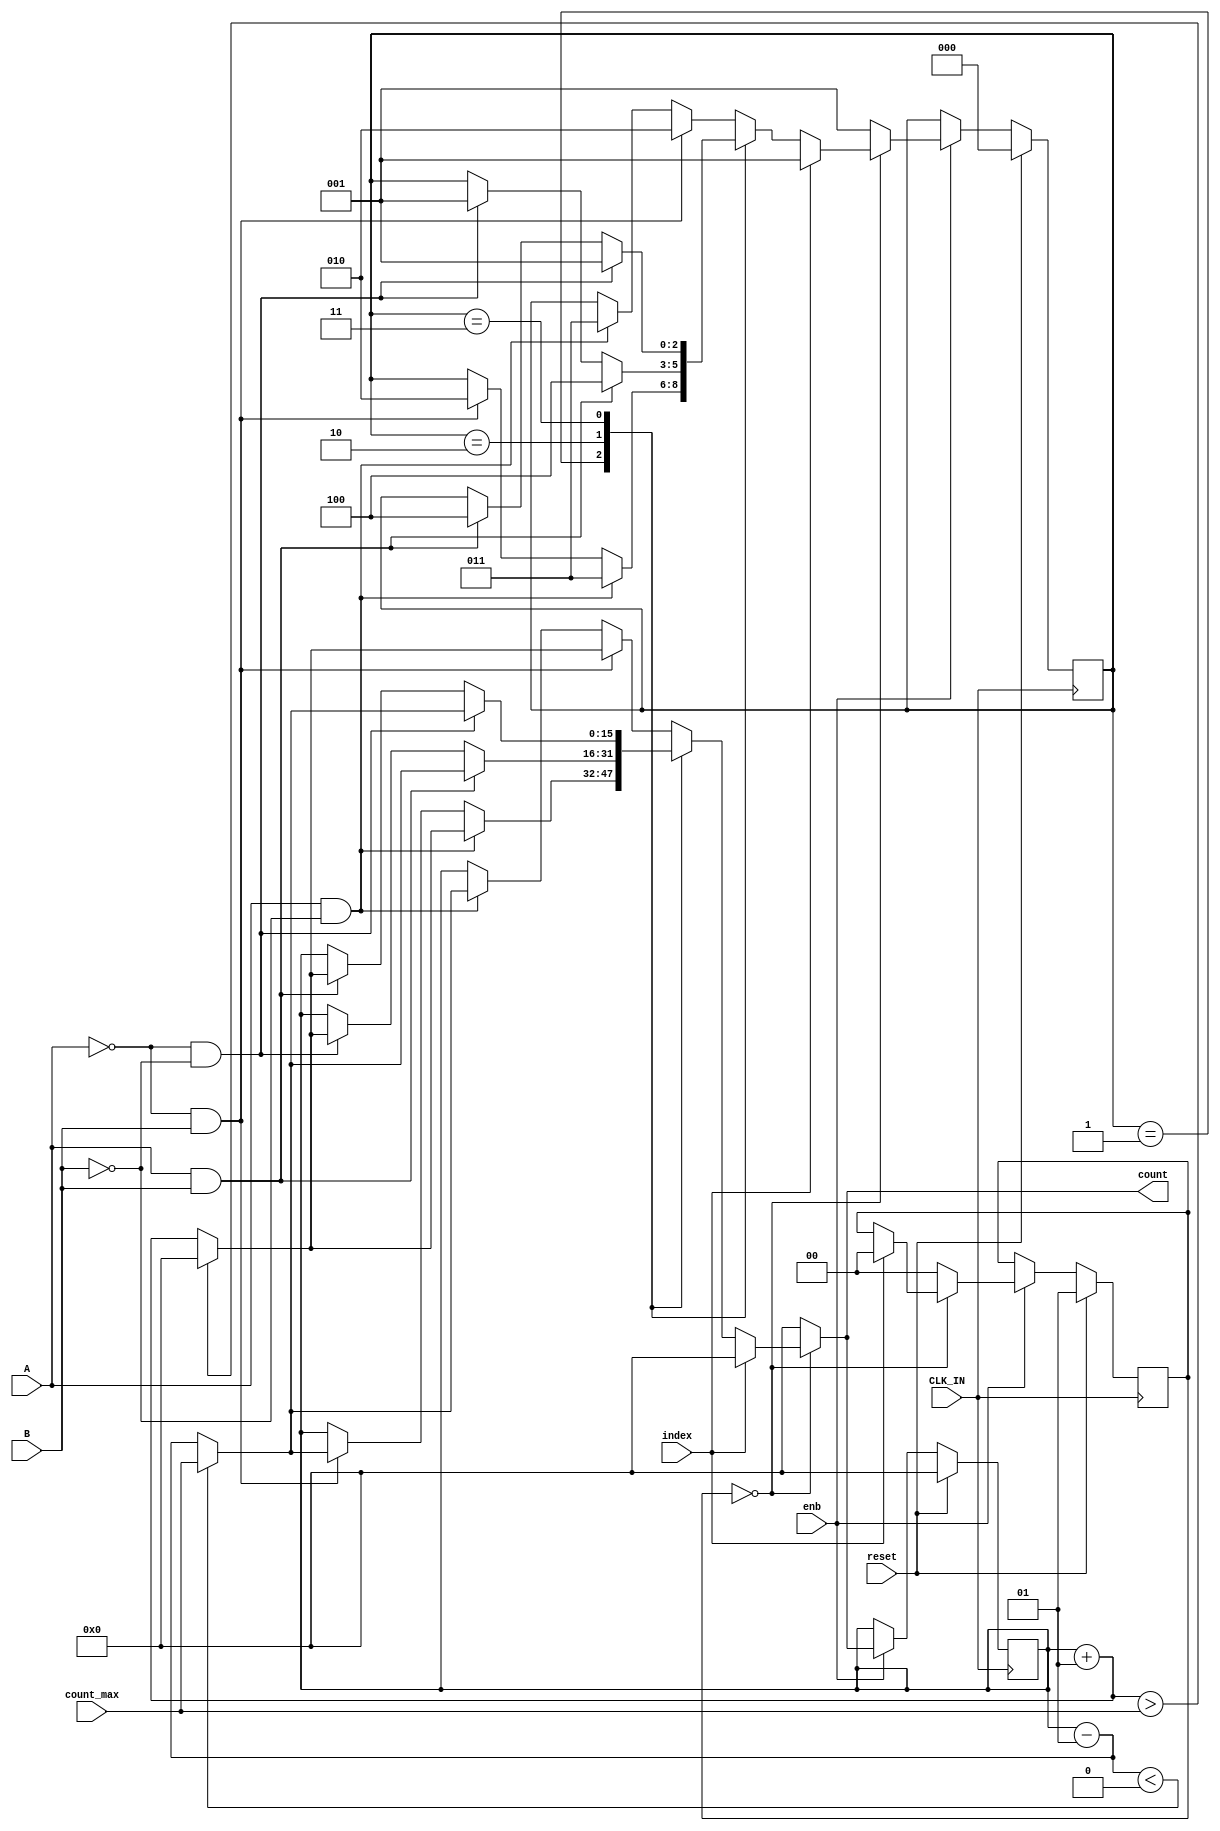
// -------------------------------------------------------------
// 
// 
// Generated by MATLAB 8.2 and HDL Coder 3.3
// 
// -------------------------------------------------------------


// -------------------------------------------------------------
// 
// Module: Update_Count_From_AB
// Source Path: controllerPeripheralHdlAdi/Encoder_Peripheral_Hardware_Specification/Update_Count_From_AB
// Hierarchy Level: 2
// 
// -------------------------------------------------------------

`timescale 1 ns / 1 ns

module Update_Count_From_AB
          (
           CLK_IN,
           reset,
           enb,
           A,
           B,
           index,
           count_max,
           count
          );


  input   CLK_IN;
  input   reset;
  input   enb;
  input   A;
  input   B;
  input   index;
  input   signed [15:0] count_max;  // int16
  output  signed [15:0] count;  // int16

  parameter IN_NO_ACTIVE_CHILD = 0, IN_A0_B0 = 1, IN_A0_B1 = 2, IN_A1_B0 = 3, IN_A1_B1 = 4;
  parameter IN_INDEX = 0, IN_INIT = 1;

  reg [1:0] is_libEncoderPeripheralHdl_c7_Update_Count_From_AB;  // uint8
  reg [2:0] is_INDEX;  // uint8
  reg signed [15:0] count_reg;  // int16
  reg [1:0] is_libEncoderPeripheralHdl_c7_Update_Count_From_AB_next;  // enumerated type (2 enums)
  reg [2:0] is_INDEX_next;  // enumerated type (5 enums)
  reg signed [15:0] count_reg_next;  // int16


  always @(posedge CLK_IN)
    begin : libEncoderPeripheralHdl_c7_Update_Count_From_AB_process
      if (reset == 1'b1) begin
        is_INDEX <= IN_NO_ACTIVE_CHILD;
        count_reg <= 16'sd0;
        //Entry: Encoder_Peripheral_Hardware_Specification/Update_Count_From_AB
        //Entry Internal: Encoder_Peripheral_Hardware_Specification/Update_Count_From_AB
        //Transition: '<S9>:30'
        is_libEncoderPeripheralHdl_c7_Update_Count_From_AB <= IN_INIT;
      end
      else if (enb) begin
        is_libEncoderPeripheralHdl_c7_Update_Count_From_AB <= is_libEncoderPeripheralHdl_c7_Update_Count_From_AB_next;
        is_INDEX <= is_INDEX_next;
        count_reg <= count_reg_next;
      end
    end

  always @(is_libEncoderPeripheralHdl_c7_Update_Count_From_AB, is_INDEX, A, B, index,
       count_max, count_reg) begin
    count_reg_next = count_reg;
    is_libEncoderPeripheralHdl_c7_Update_Count_From_AB_next = is_libEncoderPeripheralHdl_c7_Update_Count_From_AB;
    is_INDEX_next = is_INDEX;
    //Gateway: Encoder_Peripheral_Hardware_Specification/Update_Count_From_AB
    //During: Encoder_Peripheral_Hardware_Specification/Update_Count_From_AB

    case ( is_libEncoderPeripheralHdl_c7_Update_Count_From_AB)
      IN_INDEX :
        begin
          //During 'INDEX': '<S9>:29'
          if (index == 1'b1) begin
            //Transition: '<S9>:34'
            //Transition: '<S9>:35'
            count_reg_next = 16'sd0;
            //Transition: '<S9>:37'
            //Exit Internal 'INDEX': '<S9>:29'
            is_libEncoderPeripheralHdl_c7_Update_Count_From_AB_next = IN_INDEX;
            is_INDEX_next = IN_A0_B0;
          end
          else begin

            case ( is_INDEX)
              IN_A0_B0 :
                begin
                  //During 'A0_B0': '<S9>:1'
                  if (A && ( ~ B)) begin
                    //Transition: '<S9>:14'
                    //Graphical Function 'incrementCount': '<S9>:42'
                    //Transition: '<S9>:44'
                    count_reg_next = count_reg + 1;
                    if ((count_reg + 16'sd1) > count_max) begin
                      //Transition: '<S9>:46'
                      //Transition: '<S9>:48'
                      count_reg_next = 16'sd0;
                      //Transition: '<S9>:51'
                    end
                    else begin
                      //Transition: '<S9>:50'
                    end
                    //Transition: '<S9>:13'
                    is_INDEX_next = IN_A1_B0;
                  end
                  else if (( ~ A) && B) begin
                    //Transition: '<S9>:8'
                    //Graphical Function 'decrementCount': '<S9>:55'
                    //Transition: '<S9>:60'
                    count_reg_next = count_reg - 1;
                    if ((count_reg - 16'sd1) < 16'sb0000000000000000) begin
                      //Transition: '<S9>:61'
                      //Transition: '<S9>:63'
                      count_reg_next = count_max;
                      //Transition: '<S9>:64'
                    end
                    else begin
                      //Transition: '<S9>:62'
                    end
                    is_INDEX_next = IN_A0_B1;
                  end
                end
              IN_A0_B1 :
                begin
                  //During 'A0_B1': '<S9>:5'
                  if (A && B) begin
                    //Transition: '<S9>:10'
                    //Graphical Function 'decrementCount': '<S9>:55'
                    //Transition: '<S9>:60'
                    count_reg_next = count_reg - 1;
                    if ((count_reg - 16'sd1) < 16'sb0000000000000000) begin
                      //Transition: '<S9>:61'
                      //Transition: '<S9>:63'
                      count_reg_next = count_max;
                      //Transition: '<S9>:64'
                    end
                    else begin
                      //Transition: '<S9>:62'
                    end
                    is_INDEX_next = IN_A1_B1;
                  end
                  else begin
                    //Transition: '<S9>:16'
                    if (( ~ A) && ( ~ B)) begin
                      //Transition: '<S9>:17'
                      //Graphical Function 'incrementCount': '<S9>:42'
                      //Transition: '<S9>:44'
                      count_reg_next = count_reg + 1;
                      if ((count_reg + 16'sd1) > count_max) begin
                        //Transition: '<S9>:46'
                        //Transition: '<S9>:48'
                        count_reg_next = 16'sd0;
                        //Transition: '<S9>:51'
                      end
                      else begin
                        //Transition: '<S9>:50'
                      end
                      is_INDEX_next = IN_A0_B0;
                    end
                  end
                end
              IN_A1_B0 :
                begin
                  //During 'A1_B0': '<S9>:2'
                  if (( ~ A) && ( ~ B)) begin
                    //Transition: '<S9>:7'
                    //Graphical Function 'decrementCount': '<S9>:55'
                    //Transition: '<S9>:60'
                    count_reg_next = count_reg - 1;
                    if ((count_reg - 16'sd1) < 16'sb0000000000000000) begin
                      //Transition: '<S9>:61'
                      //Transition: '<S9>:63'
                      count_reg_next = count_max;
                      //Transition: '<S9>:64'
                    end
                    else begin
                      //Transition: '<S9>:62'
                    end
                    is_INDEX_next = IN_A0_B0;
                  end
                  else begin
                    //Transition: '<S9>:24'
                    if (A && B) begin
                      //Transition: '<S9>:25'
                      //Graphical Function 'incrementCount': '<S9>:42'
                      //Transition: '<S9>:44'
                      count_reg_next = count_reg + 1;
                      if ((count_reg + 16'sd1) > count_max) begin
                        //Transition: '<S9>:46'
                        //Transition: '<S9>:48'
                        count_reg_next = 16'sd0;
                        //Transition: '<S9>:51'
                      end
                      else begin
                        //Transition: '<S9>:50'
                      end
                      is_INDEX_next = IN_A1_B1;
                    end
                  end
                end
              default :
                begin
                  //During 'A1_B1': '<S9>:4'
                  if (( ~ A) && B) begin
                    //Transition: '<S9>:19'
                    //Graphical Function 'incrementCount': '<S9>:42'
                    //Transition: '<S9>:44'
                    count_reg_next = count_reg + 1;
                    if ((count_reg + 16'sd1) > count_max) begin
                      //Transition: '<S9>:46'
                      //Transition: '<S9>:48'
                      count_reg_next = 16'sd0;
                      //Transition: '<S9>:51'
                    end
                    else begin
                      //Transition: '<S9>:50'
                    end
                    //Transition: '<S9>:21'
                    is_INDEX_next = IN_A0_B1;
                  end
                  else if (A && ( ~ B)) begin
                    //Transition: '<S9>:22'
                    //Graphical Function 'decrementCount': '<S9>:55'
                    //Transition: '<S9>:60'
                    count_reg_next = count_reg - 1;
                    if ((count_reg - 16'sd1) < 16'sb0000000000000000) begin
                      //Transition: '<S9>:61'
                      //Transition: '<S9>:63'
                      count_reg_next = count_max;
                      //Transition: '<S9>:64'
                    end
                    else begin
                      //Transition: '<S9>:62'
                    end
                    is_INDEX_next = IN_A1_B0;
                  end
                end
            endcase

          end
        end
      default :
        begin
          //During 'INIT': '<S9>:68'
          //Transition: '<S9>:70'
          //Transition: '<S9>:35'
          count_reg_next = 16'sd0;
          //Transition: '<S9>:37'
          is_libEncoderPeripheralHdl_c7_Update_Count_From_AB_next = IN_INDEX;
          is_INDEX_next = IN_A0_B0;
        end
    endcase

  end

  assign count = count_reg_next;



endmodule  // Update_Count_From_AB